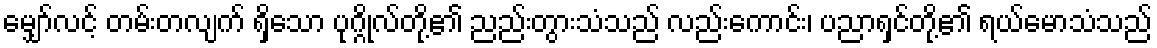
မျှော်လင့် တမ်းတလျက် ရှိသော ပုဂ္ဂိုလ်တို့၏ ညည်းတွားသံသည် လည်းကောင်း၊ ပညာရှင်တို့၏ ရယ်မောသံသည်